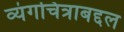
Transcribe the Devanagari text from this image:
व्यंगचित्राबद्दल